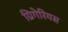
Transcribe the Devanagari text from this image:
ग्रिगेरियस